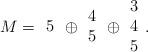
LaTeX: \begin{align*}M={\begin{array}{c}5\end{array}}\oplus{\begin{array}{c}4\\5\end{array}}\oplus{\begin{array}{c}3\\4\\5\end{array}}.\end{align*}